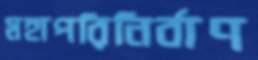
মহাপরিনির্বাণ